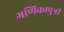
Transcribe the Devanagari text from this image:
गणिकापुत्री